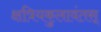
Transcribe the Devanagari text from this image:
क्षत्रियकुलावंतस्